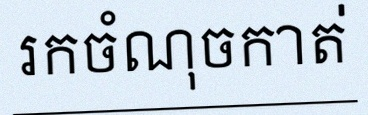
រកចំណុចកាត់